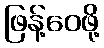
ဖြန့်ဝေဖို့